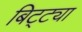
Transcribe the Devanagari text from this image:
बिट्ट्या